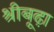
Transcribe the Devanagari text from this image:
श्रीबूढ़ा